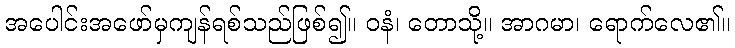
အပေါင်းအဖော်မှကျန်ရစ်သည်ဖြစ်၍။ ဝနံ၊ တောသို့။ အာဂမာ၊ ရောက်လေ၏။